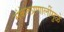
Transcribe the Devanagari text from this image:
संकेतप्रणालींमुळे